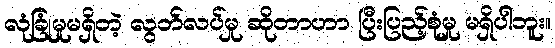
လုံခြုံမှုမရှိတဲ့ လွတ်လပ်မှု ဆိုတာဟာ ပြီးပြည့်စုံမှု မရှိပါဘူး။